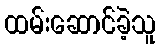
ထမ်းဆောင်ခဲ့သူ